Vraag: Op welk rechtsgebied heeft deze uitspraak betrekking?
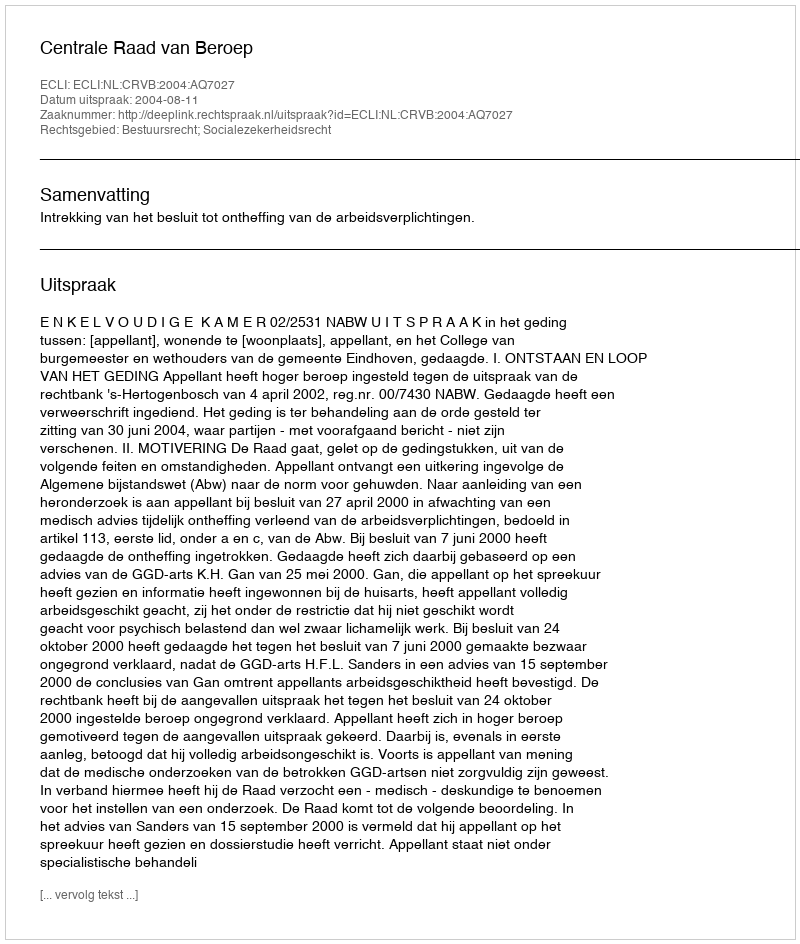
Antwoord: Bestuursrecht; Socialezekerheidsrecht